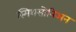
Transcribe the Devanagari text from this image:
स्मिथसोनिअन